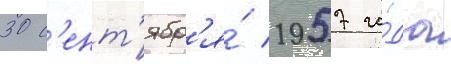
30 с'ент'ябр'я́ 1957 го́да